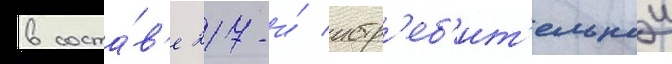
в соста́в'е 217-и́ истр'еб'ит'ельнои